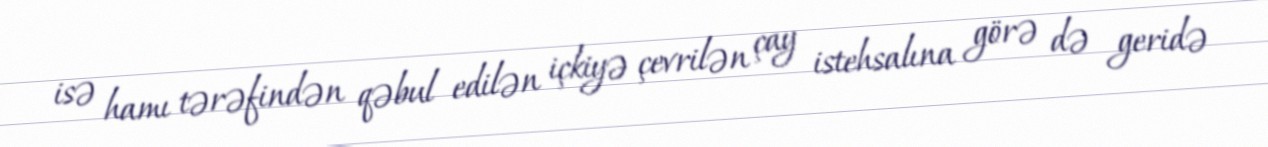
isə hamı tərəfindən qəbul edilən içkiyə çevrilən çay istehsalına görə də geridə